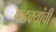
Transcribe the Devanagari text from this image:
फडक्यांची